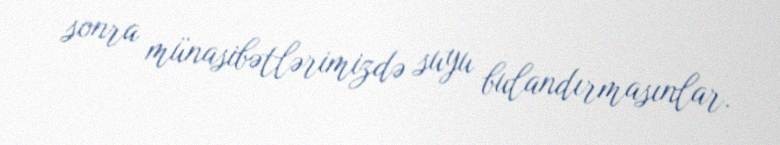
sonra münasibətlərimizdə suyu bulandırmasınlar.